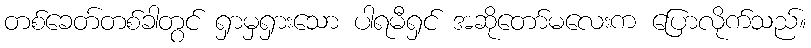
တစ်ခေတ်တစ်ခါတွင် ရှာမှရှားသော ပါရမီရှင် အဆိုတော်မလေးက ပြောလိုက်သည်။